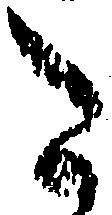
た